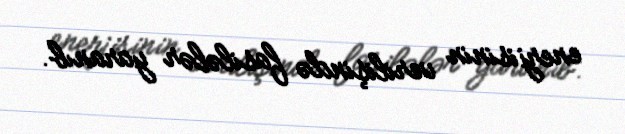
enerjisinin verilişində fasilələr yaranıb.